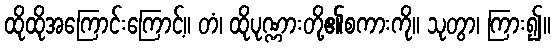
ထိုထိုအကြောင်းကြောင့်။ တံ၊ ထိုပုဏ္ဏားတို့၏စကားကို။ သုတွာ၊ ကြား၍။